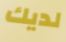
لديك